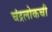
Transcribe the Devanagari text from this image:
चंद्रलोकची